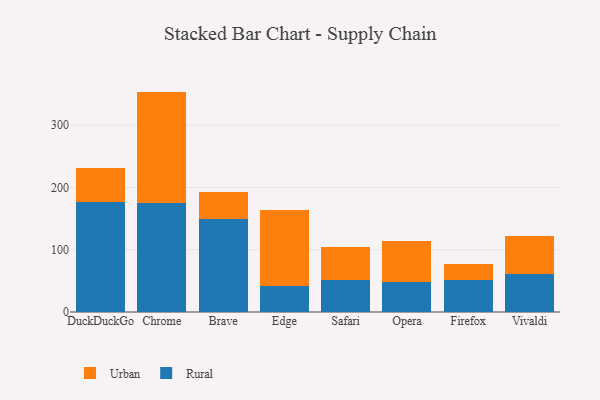
{"axis": {"x": "Browser", "y": "Conversion Rate (%)"}, "legend": ["Rural", "Urban"], "data": [{"x": "DuckDuckGo", "y": 176.2, "type": "Rural"}, {"x": "DuckDuckGo", "y": 54.9, "type": "Urban"}, {"x": "Chrome", "y": 175.5, "type": "Rural"}, {"x": "Chrome", "y": 178.5, "type": "Urban"}, {"x": "Brave", "y": 149.2, "type": "Rural"}, {"x": "Brave", "y": 43.3, "type": "Urban"}, {"x": "Edge", "y": 42.4, "type": "Rural"}, {"x": "Edge", "y": 121.3, "type": "Urban"}, {"x": "Safari", "y": 51.3, "type": "Rural"}, {"x": "Safari", "y": 52.7, "type": "Urban"}, {"x": "Opera", "y": 47.4, "type": "Rural"}, {"x": "Opera", "y": 66.8, "type": "Urban"}, {"x": "Firefox", "y": 52.2, "type": "Rural"}, {"x": "Firefox", "y": 24.2, "type": "Urban"}, {"x": "Vivaldi", "y": 60.8, "type": "Rural"}, {"x": "Vivaldi", "y": 60.7, "type": "Urban"}]}